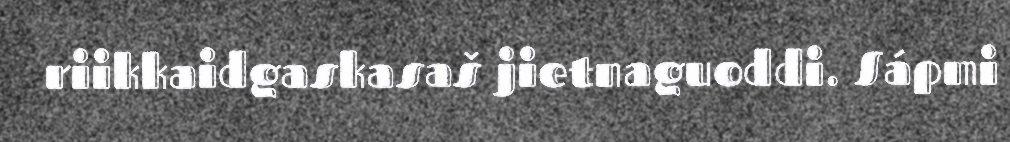
riikkaidgaskasaš jietnaguoddi. Sápmi